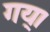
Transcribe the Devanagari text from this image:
गय्।